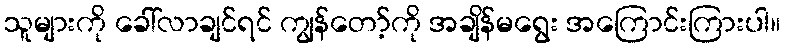
သူများကို ခေါ်လာချင်ရင် ကျွန်တော့်ကို အချိန်မရွေး အကြောင်းကြားပါ။